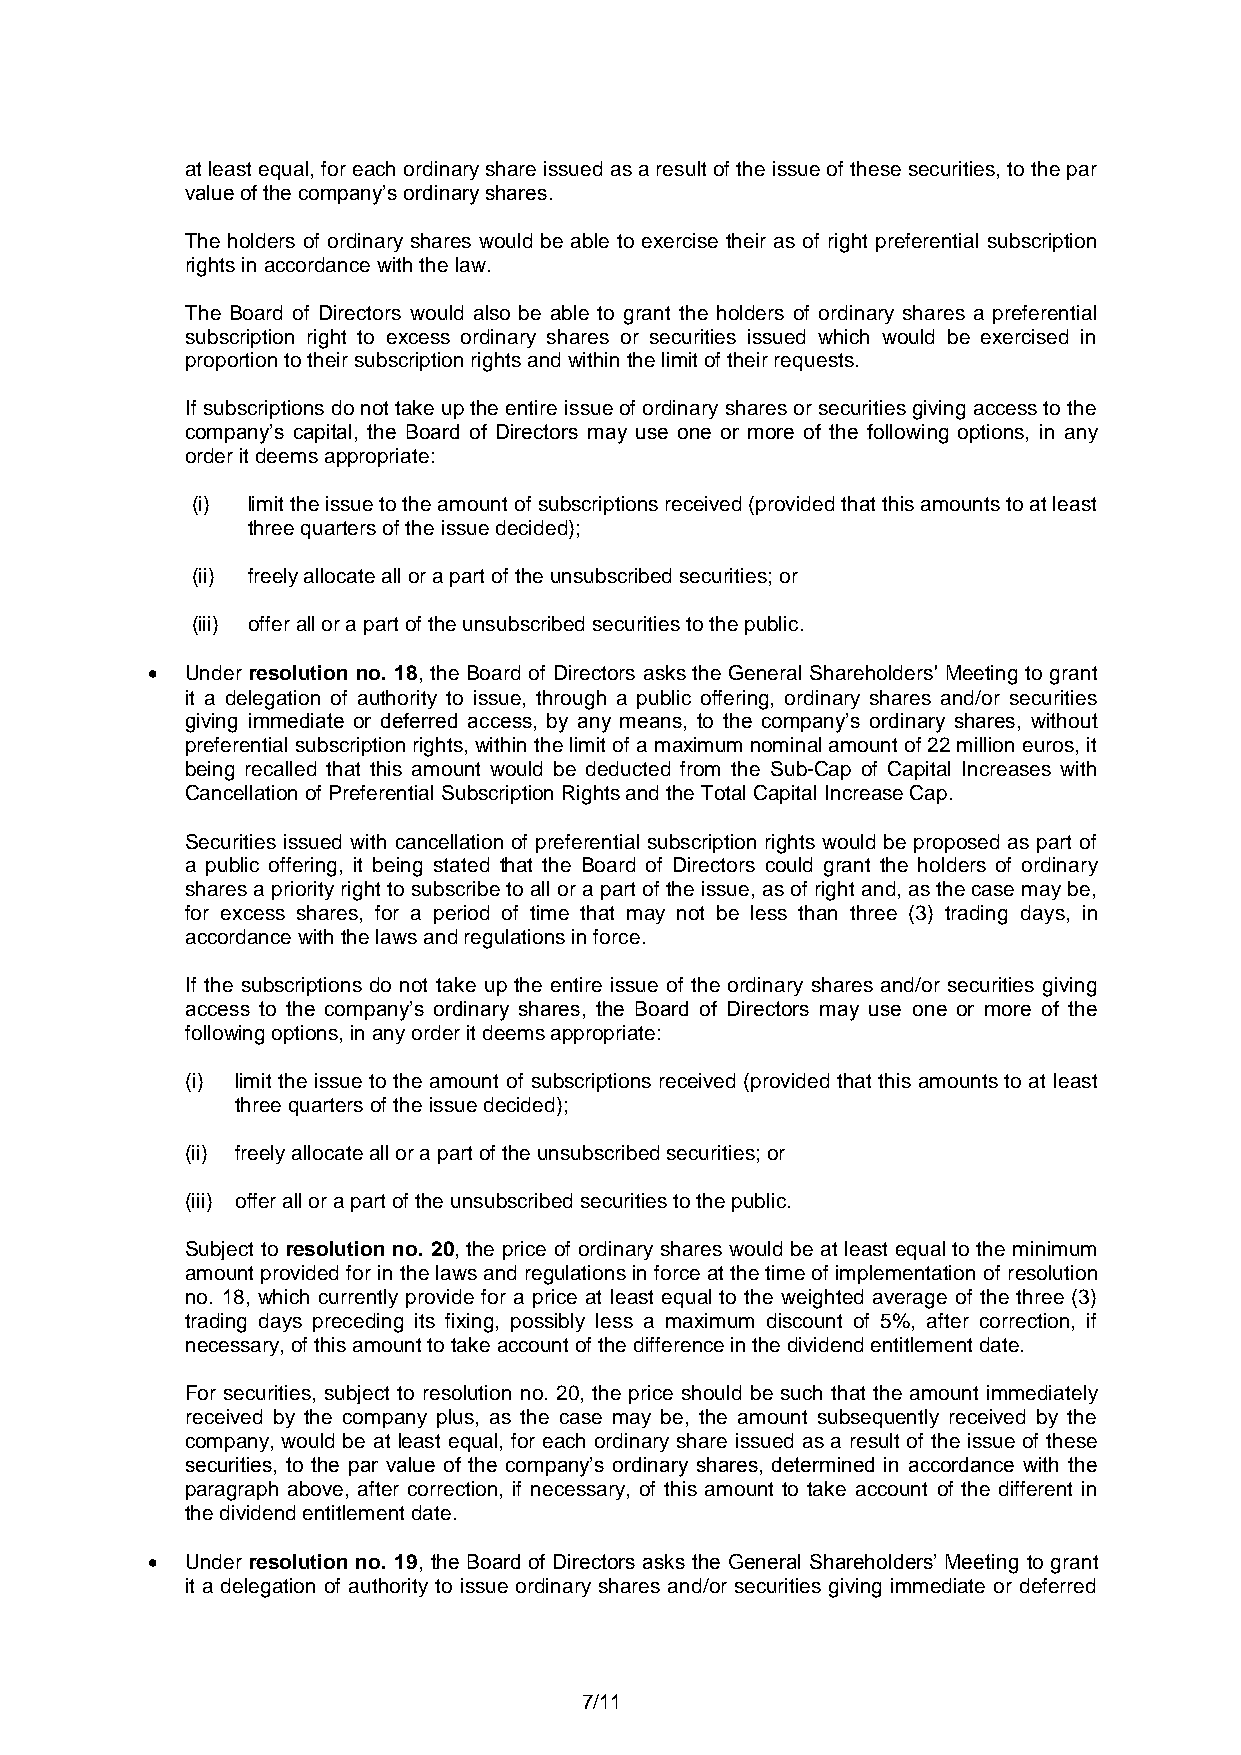
at least equal, for each ordinary share issued as a result of the issue of these securities, to the par
 value of the company’s ordinary shares.
 The holders of ordinary shares would be able to exercise their as of right preferential subscription
 rights in accordance with the law.
 The Board of Directors would also be able to grant the holders of ordinary shares a preferential
 subscription right to excess ordinary shares or securities issued which would be exercised in
 proportion to their subscription rights and within the limit of their requests.
 If subscriptions do not take up the entire issue of ordinary shares or securities giving access to the
 company’s capital, the Board of Directors may use one or more of the following options, in any
 order it deems appropriate:
 (i) limit the issue to the amount of subscriptions received (provided that this amounts to at least
 three quarters of the issue decided);
 (ii) freely allocate all or a part of the unsubscribed securities; or
 (iii) offer all or a part of the unsubscribed securities to the public.
  Under resolution no. 18, the Board of Directors asks the General Shareholders' Meeting to grant
 it a delegation of authority to issue, through a public offering, ordinary shares and/or securities
 giving immediate or deferred access, by any means, to the company’s ordinary shares, without
 preferential subscription rights, within the limit of a maximum nominal amount of 22 million euros, it
 being recalled that this amount would be deducted from the Sub-Cap of Capital Increases with
 Cancellation of Preferential Subscription Rights and the Total Capital Increase Cap.
 Securities issued with cancellation of preferential subscription rights would be proposed as part of
 a public offering, it being stated that the Board of Directors could grant the holders of ordinary
 shares a priority right to subscribe to all or a part of the issue, as of right and, as the case may be,
 for excess shares, for a period of time that may not be less than three (3) trading days, in
 accordance with the laws and regulations in force.
 If the subscriptions do not take up the entire issue of the ordinary shares and/or securities giving
 access to the company’s ordinary shares, the Board of Directors may use one or more of the
 following options, in any order it deems appropriate:
 (i) limit the issue to the amount of subscriptions received (provided that this amounts to at least
 three quarters of the issue decided);
 (ii) freely allocate all or a part of the unsubscribed securities; or
 (iii) offer all or a part of the unsubscribed securities to the public.
 Subject to resolution no. 20, the price of ordinary shares would be at least equal to the minimum
 amount provided for in the laws and regulations in force at the time of implementation of resolution
 no. 18, which currently provide for a price at least equal to the weighted average of the three (3)
 trading days preceding its fixing, possibly less a maximum discount of 5%, after correction, if
 necessary, of this amount to take account of the difference in the dividend entitlement date.
 For securities, subject to resolution no. 20, the price should be such that the amount immediately
 received by the company plus, as the case may be, the amount subsequently received by the
 company, would be at least equal, for each ordinary share issued as a result of the issue of these
 securities, to the par value of the company’s ordinary shares, determined in accordance with the
 paragraph above, after correction, if necessary, of this amount to take account of the different in
 the dividend entitlement date.
  Under resolution no. 19, the Board of Directors asks the General Shareholders’ Meeting to grant
 it a delegation of authority to issue ordinary shares and/or securities giving immediate or deferred
 7/11